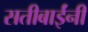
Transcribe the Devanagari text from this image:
सतीबाईंनी